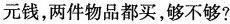
元钱，两件物品都买，够不够?